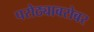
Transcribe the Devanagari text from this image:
परोठ्याबरोबर